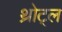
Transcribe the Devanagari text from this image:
थ्रोट्ल